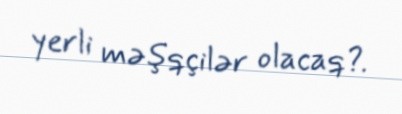
yerli məşqçilər olacaq?.